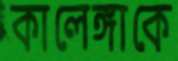
কালেঙ্গাকে